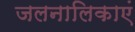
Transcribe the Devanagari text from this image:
जलनालिकाएं